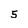
Character: 5